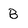
Character: B